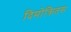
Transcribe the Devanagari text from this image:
दिमोक्रितस